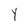
Character: Y